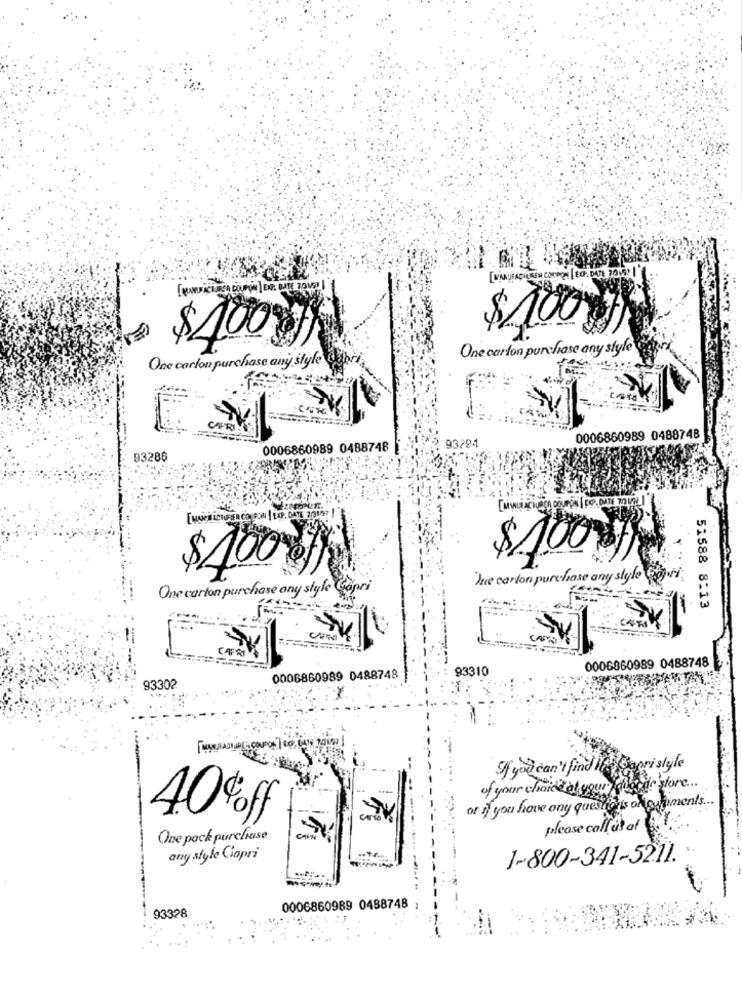
$100
$400g
One carton purchase any style
One carlon purchase any style
93294
0006860989 048874B
0006860989 0488748
93286
[MANGELCTURER COUPON | EXP. DATE 2017
$ 100 g
$100 gfy
Ine carton purchase any style Coy
One carton purchase any style Copri
51588 8:13
0006860989 0488748
93310
0006860989 0488748
93302
If you can't find the Capri style
of your choice at your Valorde store ...
or if you have any questions on ganments ...
40%ff
please callus at
One pack purchase
any style Capri
1-800-341-5211.
93328
0006860989 0488748 ;